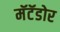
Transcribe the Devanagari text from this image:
मॅटॅडोर